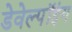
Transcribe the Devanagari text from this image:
डेवेल्पॉइंग